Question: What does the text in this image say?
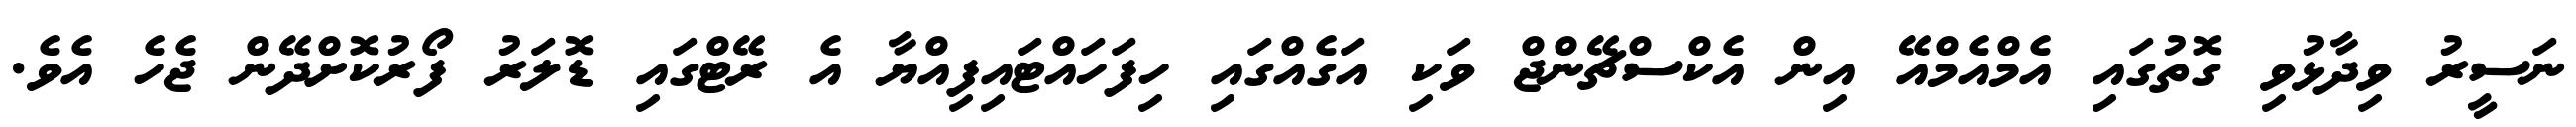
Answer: ނަސީރު ވިދާޅުވި ގޮތުގައި އެމްއެމްއޭ އިން އެކްސްޗޭންޖް ވަކި އަގެއްގައި ހިފަހައްޓައިފިއްޔާ އެ ރޭޓްގައި ޑޮލަރު ފޯރުކޮށްދޭން ޖެހެ އެވެ.